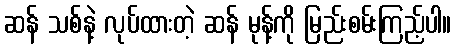
ဆန် သစ်နဲ့ လုပ်ထားတဲ့ ဆန် မုန့်ကို မြည်းစမ်းကြည့်ပါ။